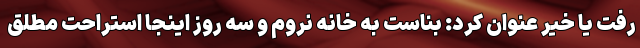
رفت یا خیر عنوان کرد: بناست به خانه نروم و سه روز اینجا استراحت مطلق